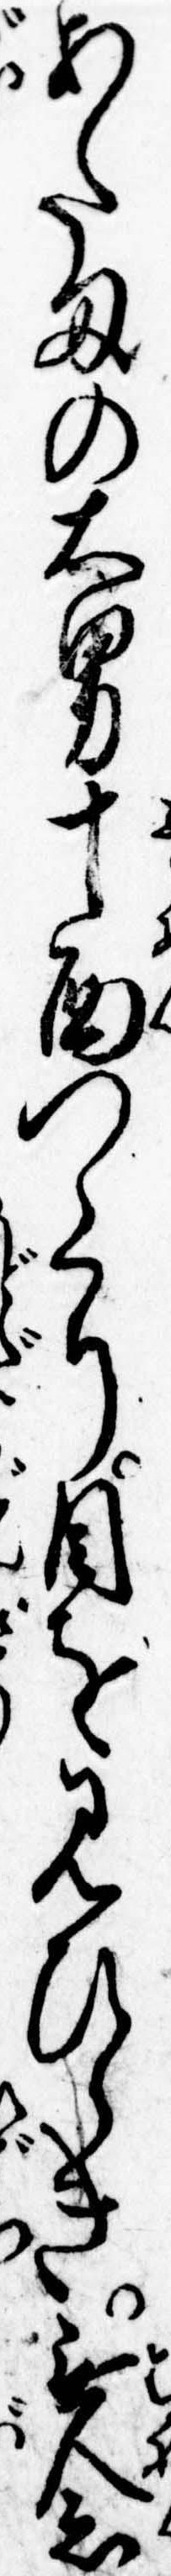
あたまの大男十面つくり目を見ひらき無念